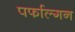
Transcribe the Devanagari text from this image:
पर्फाल्गन